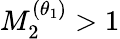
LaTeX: M_{2}^{(\theta_{1})}>1